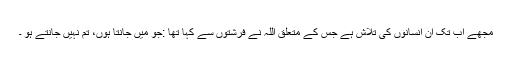
مجھے اب تک ان انسانوں کی تلاش ہے جس کے متعلق اللہ نے فرشتوں سے کہا تھا :جو میں جانتا ہوں، تم نہیں جانتے ہو ۔